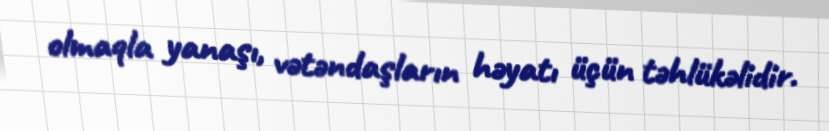
olmaqla yanaşı, vətəndaşların həyatı üçün təhlükəlidir.